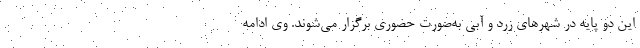
این دو پایه در شهرهای زرد و آبی به‌صورت حضوری برگزار می‌شوند. وی ادامه